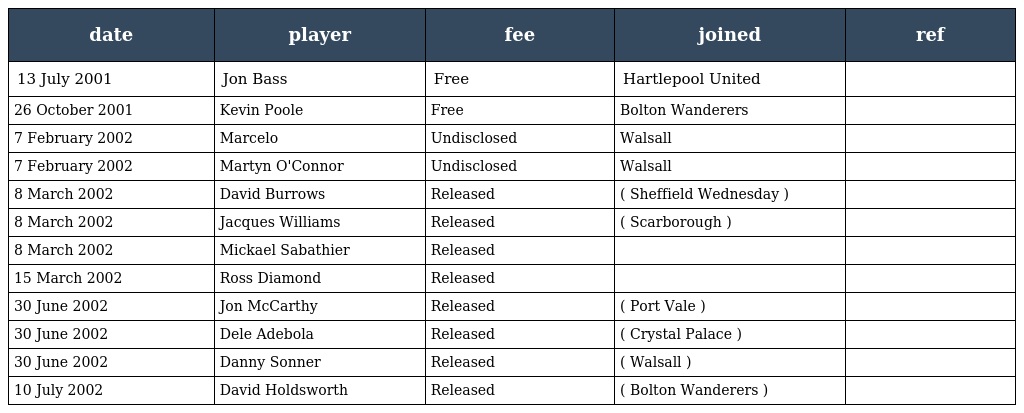
| date | player | fee | joined | ref |
 | --- | --- | --- | --- | --- |
 | 13 July 2001 | Jon Bass | Free | Hartlepool United |  |
 | 26 October 2001 | Kevin Poole | Free | Bolton Wanderers |  |
 | 7 February 2002 | Marcelo | Undisclosed | Walsall |  |
 | 7 February 2002 | Martyn O'Connor | Undisclosed | Walsall |  |
 | 8 March 2002 | David Burrows | Released | ( Sheffield Wednesday ) |  |
 | 8 March 2002 | Jacques Williams | Released | ( Scarborough ) |  |
 | 8 March 2002 | Mickael Sabathier | Released |  |  |
 | 15 March 2002 | Ross Diamond | Released |  |  |
 | 30 June 2002 | Jon McCarthy | Released | ( Port Vale ) |  |
 | 30 June 2002 | Dele Adebola | Released | ( Crystal Palace ) |  |
 | 30 June 2002 | Danny Sonner | Released | ( Walsall ) |  |
 | 10 July 2002 | David Holdsworth | Released | ( Bolton Wanderers ) |  |